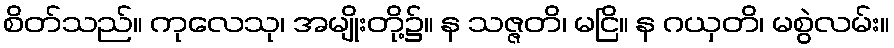
စိတ်သည်။ ကုလေသု၊ အမျိုးတို့၌။ န သဇ္ဇတိ၊ မငြိ။ န ဂယှတိ၊ မစွဲလမ်း။